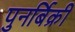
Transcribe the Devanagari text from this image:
पुनर्बिक्री